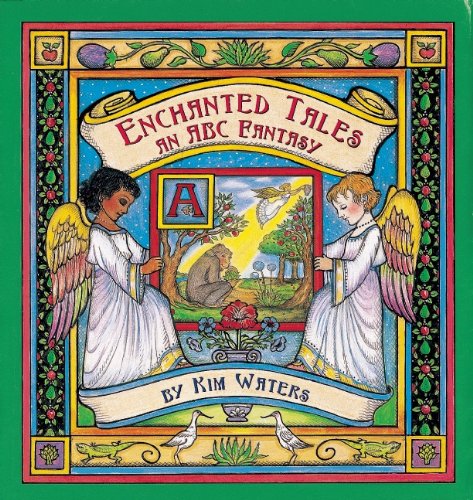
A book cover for Enchanted Tales: An ABC Fantasy; Kim Waters; Children's Books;